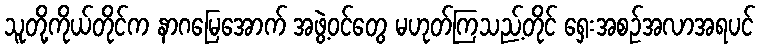
သူတို့ကိုယ်တိုင်က နာဂမြေအောက် အဖွဲ့ဝင်တွေ မဟုတ်ကြသည့်တိုင် ရှေးအစဉ်အလာအရပင်